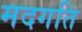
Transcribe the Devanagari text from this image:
मदगति